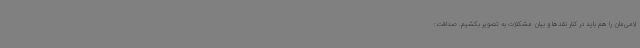
لامی‌مان را هم باید در کنار نقدها و بیان مشکلات به تصویر بکشیم. صداقت: